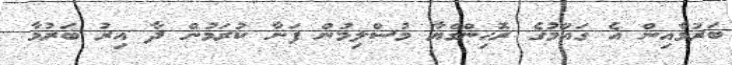
ބަރުމާއިން އެ ގައުމުގެ ރޮހިންގްޔާ މުސްލިމުން ފަނާ ކުރަމުން ދާ އިރު ބަރުމާ